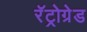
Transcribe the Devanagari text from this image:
रॅट्रोग्रेड